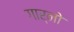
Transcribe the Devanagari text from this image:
गार्नो